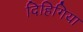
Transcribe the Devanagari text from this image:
दिहिगिया